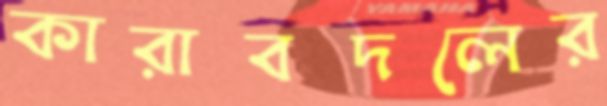
কারাবদলের